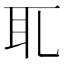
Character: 𦔮